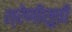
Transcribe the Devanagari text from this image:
श्रेणीसूची